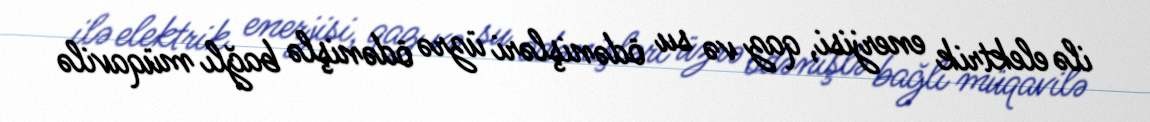
ilə elektrik enerjisi, qaz və su ödənişləri üzrə ödənişlə bağlı müqavilə